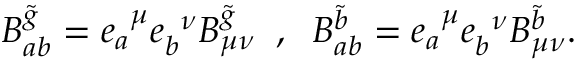
B _ { a b } ^ { \tilde { g } } = e _ { a } ^ { \; \; \mu } e _ { b } ^ { \; \; \nu } B _ { \mu \nu } ^ { \tilde { g } } \; \; , \; \; B _ { a b } ^ { \tilde { b } } = e _ { a } ^ { \; \; \mu } e _ { b } ^ { \; \; \nu } B _ { \mu \nu } ^ { \tilde { b } } .